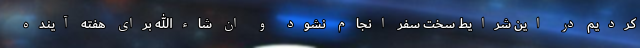
کردیم در این شرایط سخت سفر انجام نشود و ان شاءالله برای هفته آینده